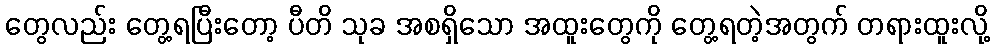
တွေလည်း တွေ့ရပြီးတော့ ပီတိ သုခ အစရှိသော အထူးတွေကို တွေ့ရတဲ့အတွက် တရားထူးလို့